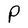
Character: P